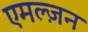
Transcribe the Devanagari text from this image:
एमल्ज़न